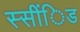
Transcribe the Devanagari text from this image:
स्सींिड